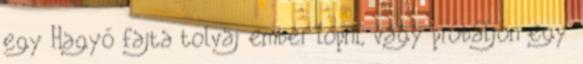
egy Hagyó fajta tolvaj ember lopni, vagy próbáljon egy